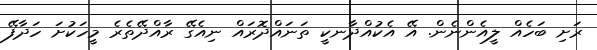
ރަށި ބަހެއް ލީއެންނެން. އޭ އެކުއްދާނކީ ތަނައްދޮރައް ނިއެގޭ ރާއްދޭތެރެ މީހަކުށަ ހަދާފޭ